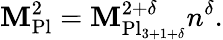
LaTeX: \mathbf{M}_{\mathrm{{Pl}}}^{2}=\mathbf{M}_{\mathrm{{Pl}}_{3+1+\delta}}^{2+\delta}n^{\delta}.